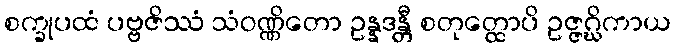
စက္ခုပထံ ပဗ္ဗဇိဿံ သံဝဏ္ဏိတော ဥန္နဒန္တီ စတုတ္ထောပိ ဥဇ္ဇဂ္ဃိကာယ